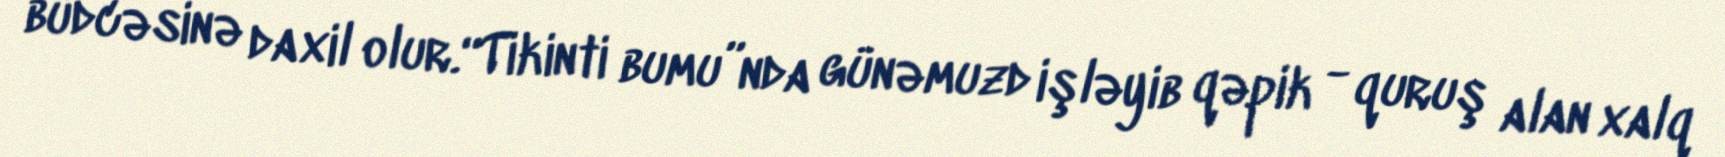
büdcəsinə daxil olur.“Tikinti bumu”nda günəmuzd işləyib qəpik - quruş alan xalq